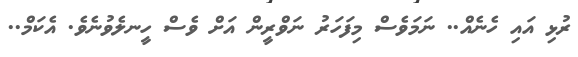
ރުޅި އައި ހެނެއް.. ނަމަވެސް މިފަހަރު ނަވްރީން އަށް ވެސް ހީނލެވުނެވެ. އެކަމް..